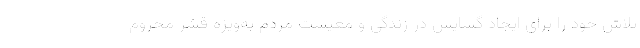
تلاش خود را برای ایجاد گشایش در زندگی و معیشت مردم به‌ویژه قشر محروم